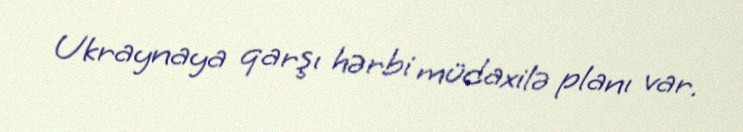
Ukraynaya qarşı hərbi müdaxilə planı var.